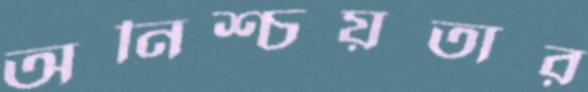
অনিশ্চয়তার